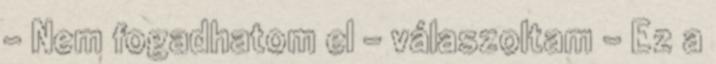
– Nem fogadhatom el – válaszoltam – Ez a